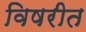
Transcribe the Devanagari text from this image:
विषरीत